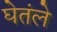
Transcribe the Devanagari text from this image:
घेतंले